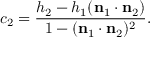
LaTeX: c _ { 2 } = { \frac { h _ { 2 } - h _ { 1 } ( \mathbf { n } _ { 1 } \cdot \mathbf { n } _ { 2 } ) } { 1 - ( \mathbf { n } _ { 1 } \cdot \mathbf { n } _ { 2 } ) ^ { 2 } } } .